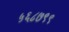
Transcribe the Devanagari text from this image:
५६८७९९